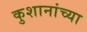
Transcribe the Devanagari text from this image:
कुशानांच्या